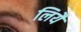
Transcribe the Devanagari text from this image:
लियै